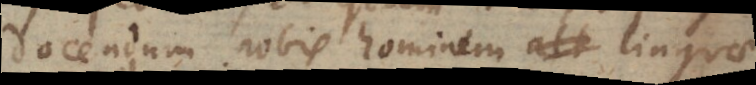
docendum nobis hominem linguae